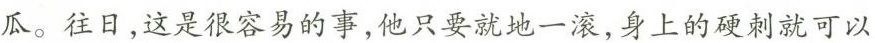
瓜。往日，这是很容易的事，他只要就地一滚，身上的硬刺就可以